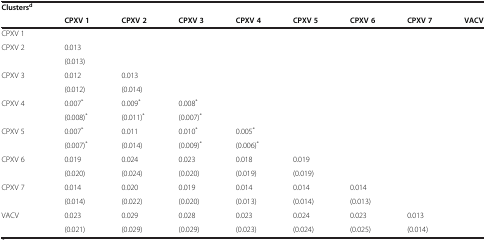
<table><thead><tr><td><b>Clusters<sup>d</sup></b></td><td><b> </b></td><td><b> </b></td><td><b> </b></td><td><b> </b></td><td><b> </b></td><td><b> </b></td><td><b> </b></td><td><b> </b></td></tr><tr><td><b> </b></td><td><b>CPXV 1</b></td><td><b>CPXV 2</b></td><td><b>CPXV 3</b></td><td><b>CPXV 4</b></td><td><b>CPXV 5</b></td><td><b>CPXV 6</b></td><td><b>CPXV 7</b></td><td><b>VACV</b></td></tr></thead><tbody><tr><td>CPXV 1</td><td> </td><td> </td><td> </td><td> </td><td> </td><td> </td><td> </td><td> </td></tr><tr><td rowspan="2">CPXV 2</td><td>0.013</td><td rowspan="2"> </td><td rowspan="2"> </td><td rowspan="2"> </td><td rowspan="2"> </td><td rowspan="2"> </td><td rowspan="2"> </td><td rowspan="2"> </td></tr><tr><td>(0.013)</td></tr><tr><td rowspan="2">CPXV 3</td><td>0.012</td><td>0.013</td><td rowspan="2"> </td><td rowspan="2"> </td><td rowspan="2"> </td><td rowspan="2"> </td><td rowspan="2"> </td><td rowspan="2"> </td></tr><tr><td>(0.012)</td><td>(0.014)</td></tr><tr><td rowspan="2">CPXV 4</td><td>0.007<sup>*</sup></td><td>0.009<sup>*</sup></td><td>0.008<sup>*</sup></td><td rowspan="2"> </td><td rowspan="2"> </td><td rowspan="2"> </td><td rowspan="2"> </td><td rowspan="2"> </td></tr><tr><td>(0.008)<sup>*</sup></td><td>(0.011)<sup>*</sup></td><td>(0.007)<sup>*</sup></td></tr><tr><td rowspan="2">CPXV 5</td><td>0.007<sup>*</sup></td><td>0.011</td><td>0.010<sup>*</sup></td><td>0.005<sup>*</sup></td><td rowspan="2"> </td><td rowspan="2"> </td><td rowspan="2"> </td><td rowspan="2"> </td></tr><tr><td>(0.007)<sup>*</sup></td><td>(0.014)</td><td>(0.009)<sup>*</sup></td><td>(0.006)<sup>*</sup></td></tr><tr><td rowspan="2">CPXV 6</td><td>0.019</td><td>0.024</td><td>0.023</td><td>0.018</td><td>0.019</td><td rowspan="2"> </td><td rowspan="2"> </td><td rowspan="2"> </td></tr><tr><td>(0.020)</td><td>(0.024)</td><td>(0.020)</td><td>(0.019)</td><td>(0.019)</td></tr><tr><td rowspan="2">CPXV 7</td><td>0.014</td><td>0.020</td><td>0.019</td><td>0.014</td><td>0.014</td><td>0.014</td><td rowspan="2"> </td><td rowspan="2"> </td></tr><tr><td>(0.014)</td><td>(0.022)</td><td>(0.020)</td><td>(0.013)</td><td>(0.014)</td><td>(0.013)</td></tr><tr><td rowspan="2">VACV</td><td>0.023</td><td>0.029</td><td>0.028</td><td>0.023</td><td>0.024</td><td>0.023</td><td>0.013</td><td rowspan="2"> </td></tr><tr><td>(0.021)</td><td>(0.029)</td><td>(0.029)</td><td>(0.023)</td><td>(0.024)</td><td>(0.025)</td><td>(0.014)</td></tr></tbody></table>